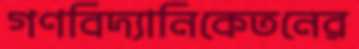
গণবিদ্যানিকেতনের